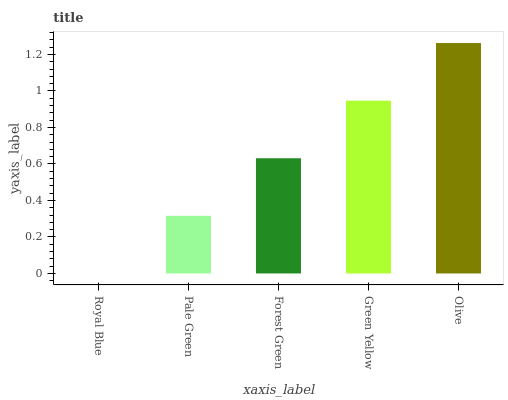
| xaxis_label | bars |
 | --- | --- |
 | Royal Blue | 0 |
 | Pale Green | 0.316 |
 | Forest Green | 0.631 |
 | Green Yellow | 0.947 |
 | Olive | 1.26 |